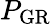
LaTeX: P_{\mathrm{GR}}